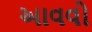
આવવો